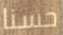
حسنا